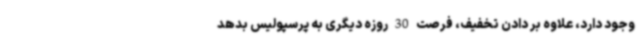
وجود دارد، علاوه بر دادن تخفیف، فرصت 30 روزه دیگری به پرسپولیس بدهد